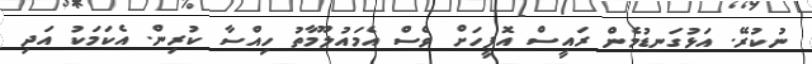
ނުކުރޭ. އަޅުގަނޑުމެން ރައީސް އޮފީހަށް ވެސް އެމައުލޫމާތު ހިއްސާ ކުރިން. އެކަމަކު އަދި